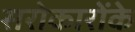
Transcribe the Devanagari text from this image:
सरोकारोंके